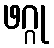
ဖဂ္ဂု